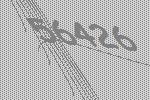
56426